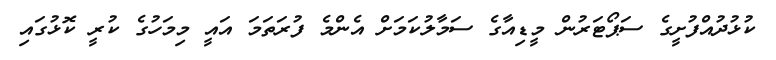
ކުޅުދުއްފުށީގެ ސަޕޯޓަރުން މީޑިއާގެ ސަމާލުކަމަށް އެންމެ ފުރަތަމަ އައީ މިމަހުގެ ކުރީ ކޮޅުގައި